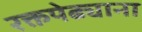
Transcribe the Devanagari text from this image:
रक्तपेढ्याना